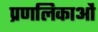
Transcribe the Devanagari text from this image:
प्रणलिकाओं